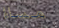
مساءا